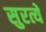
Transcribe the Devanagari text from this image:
सुरत्ये